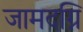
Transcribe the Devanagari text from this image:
जामदग्नि